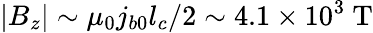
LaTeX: |B_{z}|\sim\mu_{0}j_{b0}l_{c}/2\sim 4.1\times 10^{3}\ \mathrm{T}